King Institute of Preventive Medicine Bacteriolog. Section reports 1907-08
Year: 1907
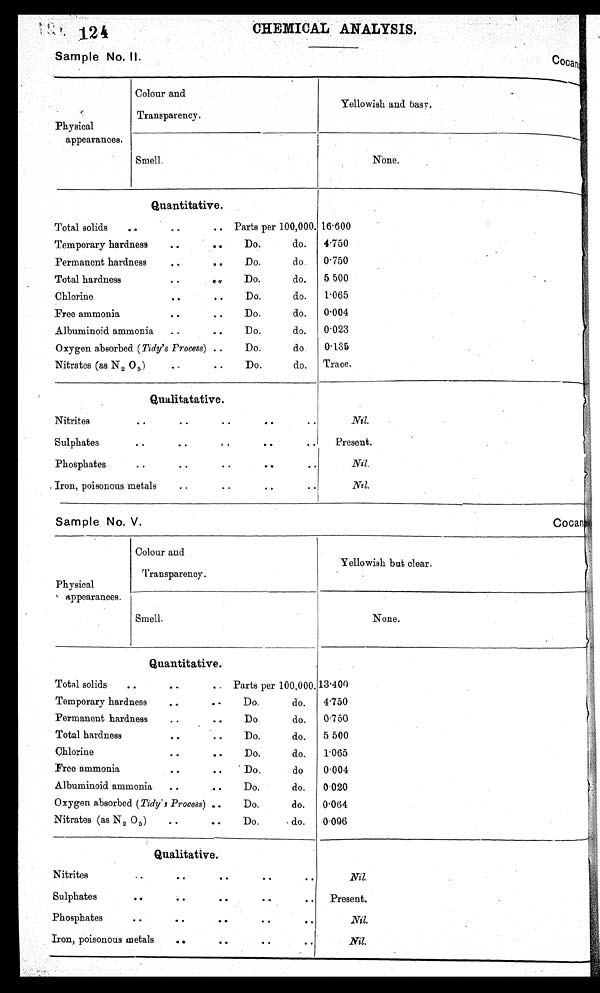
124
CHEMICAL ANALYSIS.
Sample No. II.
Cocanada
Physical
appearances.
Colour and
Transparency.
Yellowish and basy.
Smell.
None.
Quantitative.
Total solids. .
..
. '
Temporary hardness
. .
. .
Permanent hardness
. .
. .
Total hardness
. . :
Chlorine
. .
. .
Free ammonia
. .
. .
Albuminoid ammonia
..
..
Oxygen absorbed (Tidy's Process) ..
Nitrates (as N 2 0 5 )
. -
. .
Parts per 100,000.
Do.
do.
Do.
do.
Do.
do.
Do.
do.
Do.
do.
Do.
do.
Do.
do.
Do.
do.
16 . 600
4.750
0.750
5 500
1.065
0.004
0.023
0.135
Trace.
Qualitatative.
Nitrites
. . . . . . .. . .
Sulphates
. .
. .
. ,
. .
Phosphates
. . . . . . . . . .
Iron, poisonous metals
..
. . . . . .
Nil.
Present.
Nil.
Nil.
Sample No, V,
Cocanada
Physical
appearances.
Colour and
'Transparency.
Yellowish but clear.
Smell.
None.
Quantitative.
Total solids
..
. .
..
Temporary hardness
..
Permanent hardness
..
. .
Total hardness
..
. .
Chlorine
. .
..
Free ammonia
. .
..
Albuminoid ammonia
..
. .
Oxygen absorbed (Tidy' 3 Process) ..
Nitrates (as N 2 0 5 )
. .
. 0
Parts per 100,000.13.400
Do.
do.
Do.
do.
Do.
do.
Do.
do.
' Do.
do
Do.
do.
Do.
do.
Do.
- do.
4.750
0.750
5 500
1.065
0.004
0.020
0.064
0.096
Qualitative.
Nitrites
..
..
. .
. .
. .
Sulphates
..
..
..
..
Phosphates
. .
. .
. .
. . . .
Iron, poisonous metals
..
. .
. . . .
Nil.
Present.
Nil.
Nil.